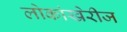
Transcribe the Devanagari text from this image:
लोकांखेरीज